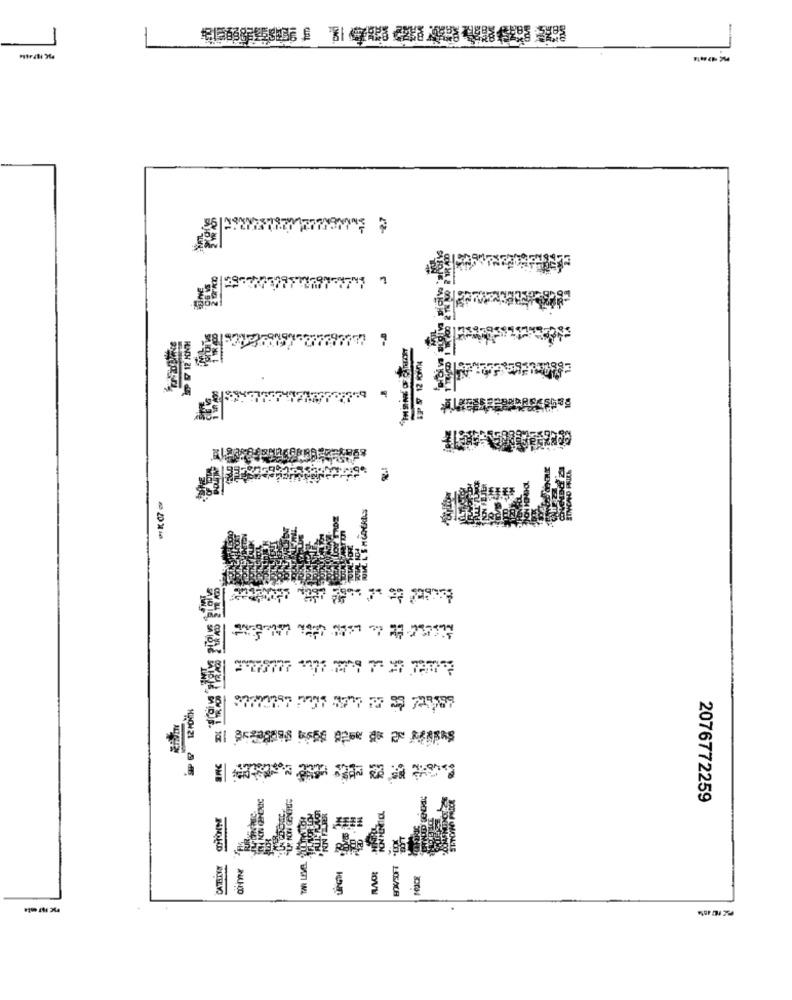
-------
2076772259
CATEIMAY